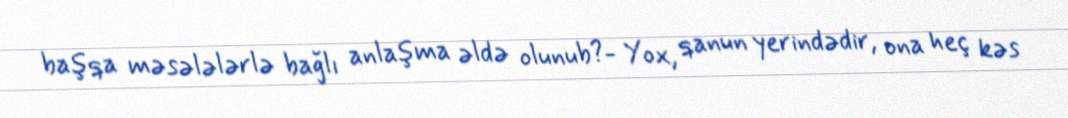
başqa məsələlərlə bağlı anlaşma əldə olunub?- Yox, qanun yerindədir, ona heç kəs